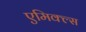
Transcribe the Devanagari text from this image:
एमिक्ल्स